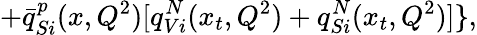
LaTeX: +{\bar{q}}_{Si}^{p}(x,Q^{2})[q_{Vi}^{N}(x_{t},Q^{2})+q_{Si}^{N}(x_{t},Q^{2})]\} ,